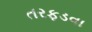
તરફડવા